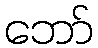
ဘော်